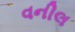
વનીલ